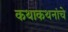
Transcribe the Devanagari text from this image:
कथाकथनांचे